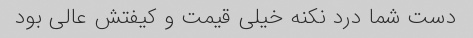
دست شما درد نکنه خیلی قیمت و کیفتش عالی بود